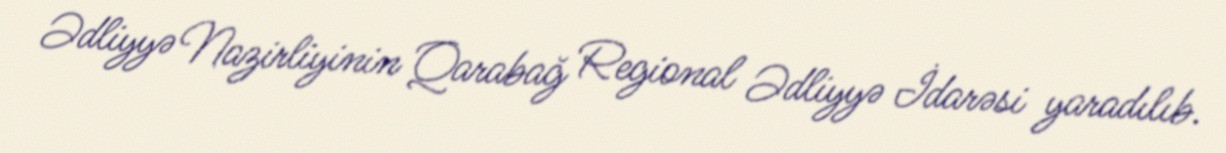
Ədliyyə Nazirliyinin Qarabağ Regional Ədliyyə İdarəsi yaradılıb.